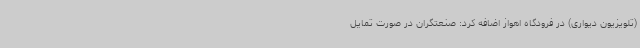
(تلویزیون دیواری) در فرودگاه اهواز اضافه کرد: صنعتگران در صورت تمایل